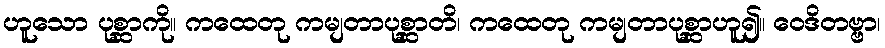
ဟူသော ပုစ္ဆာကို။ ကထေတု ကမျတာပုစ္ဆာတိ၊ ကထေတု ကမျတာပုစ္ဆာဟူ၍။ ဝေဒိတဗ္ဗာ၊